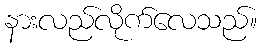
နားလည်လိုက်လေသည်။